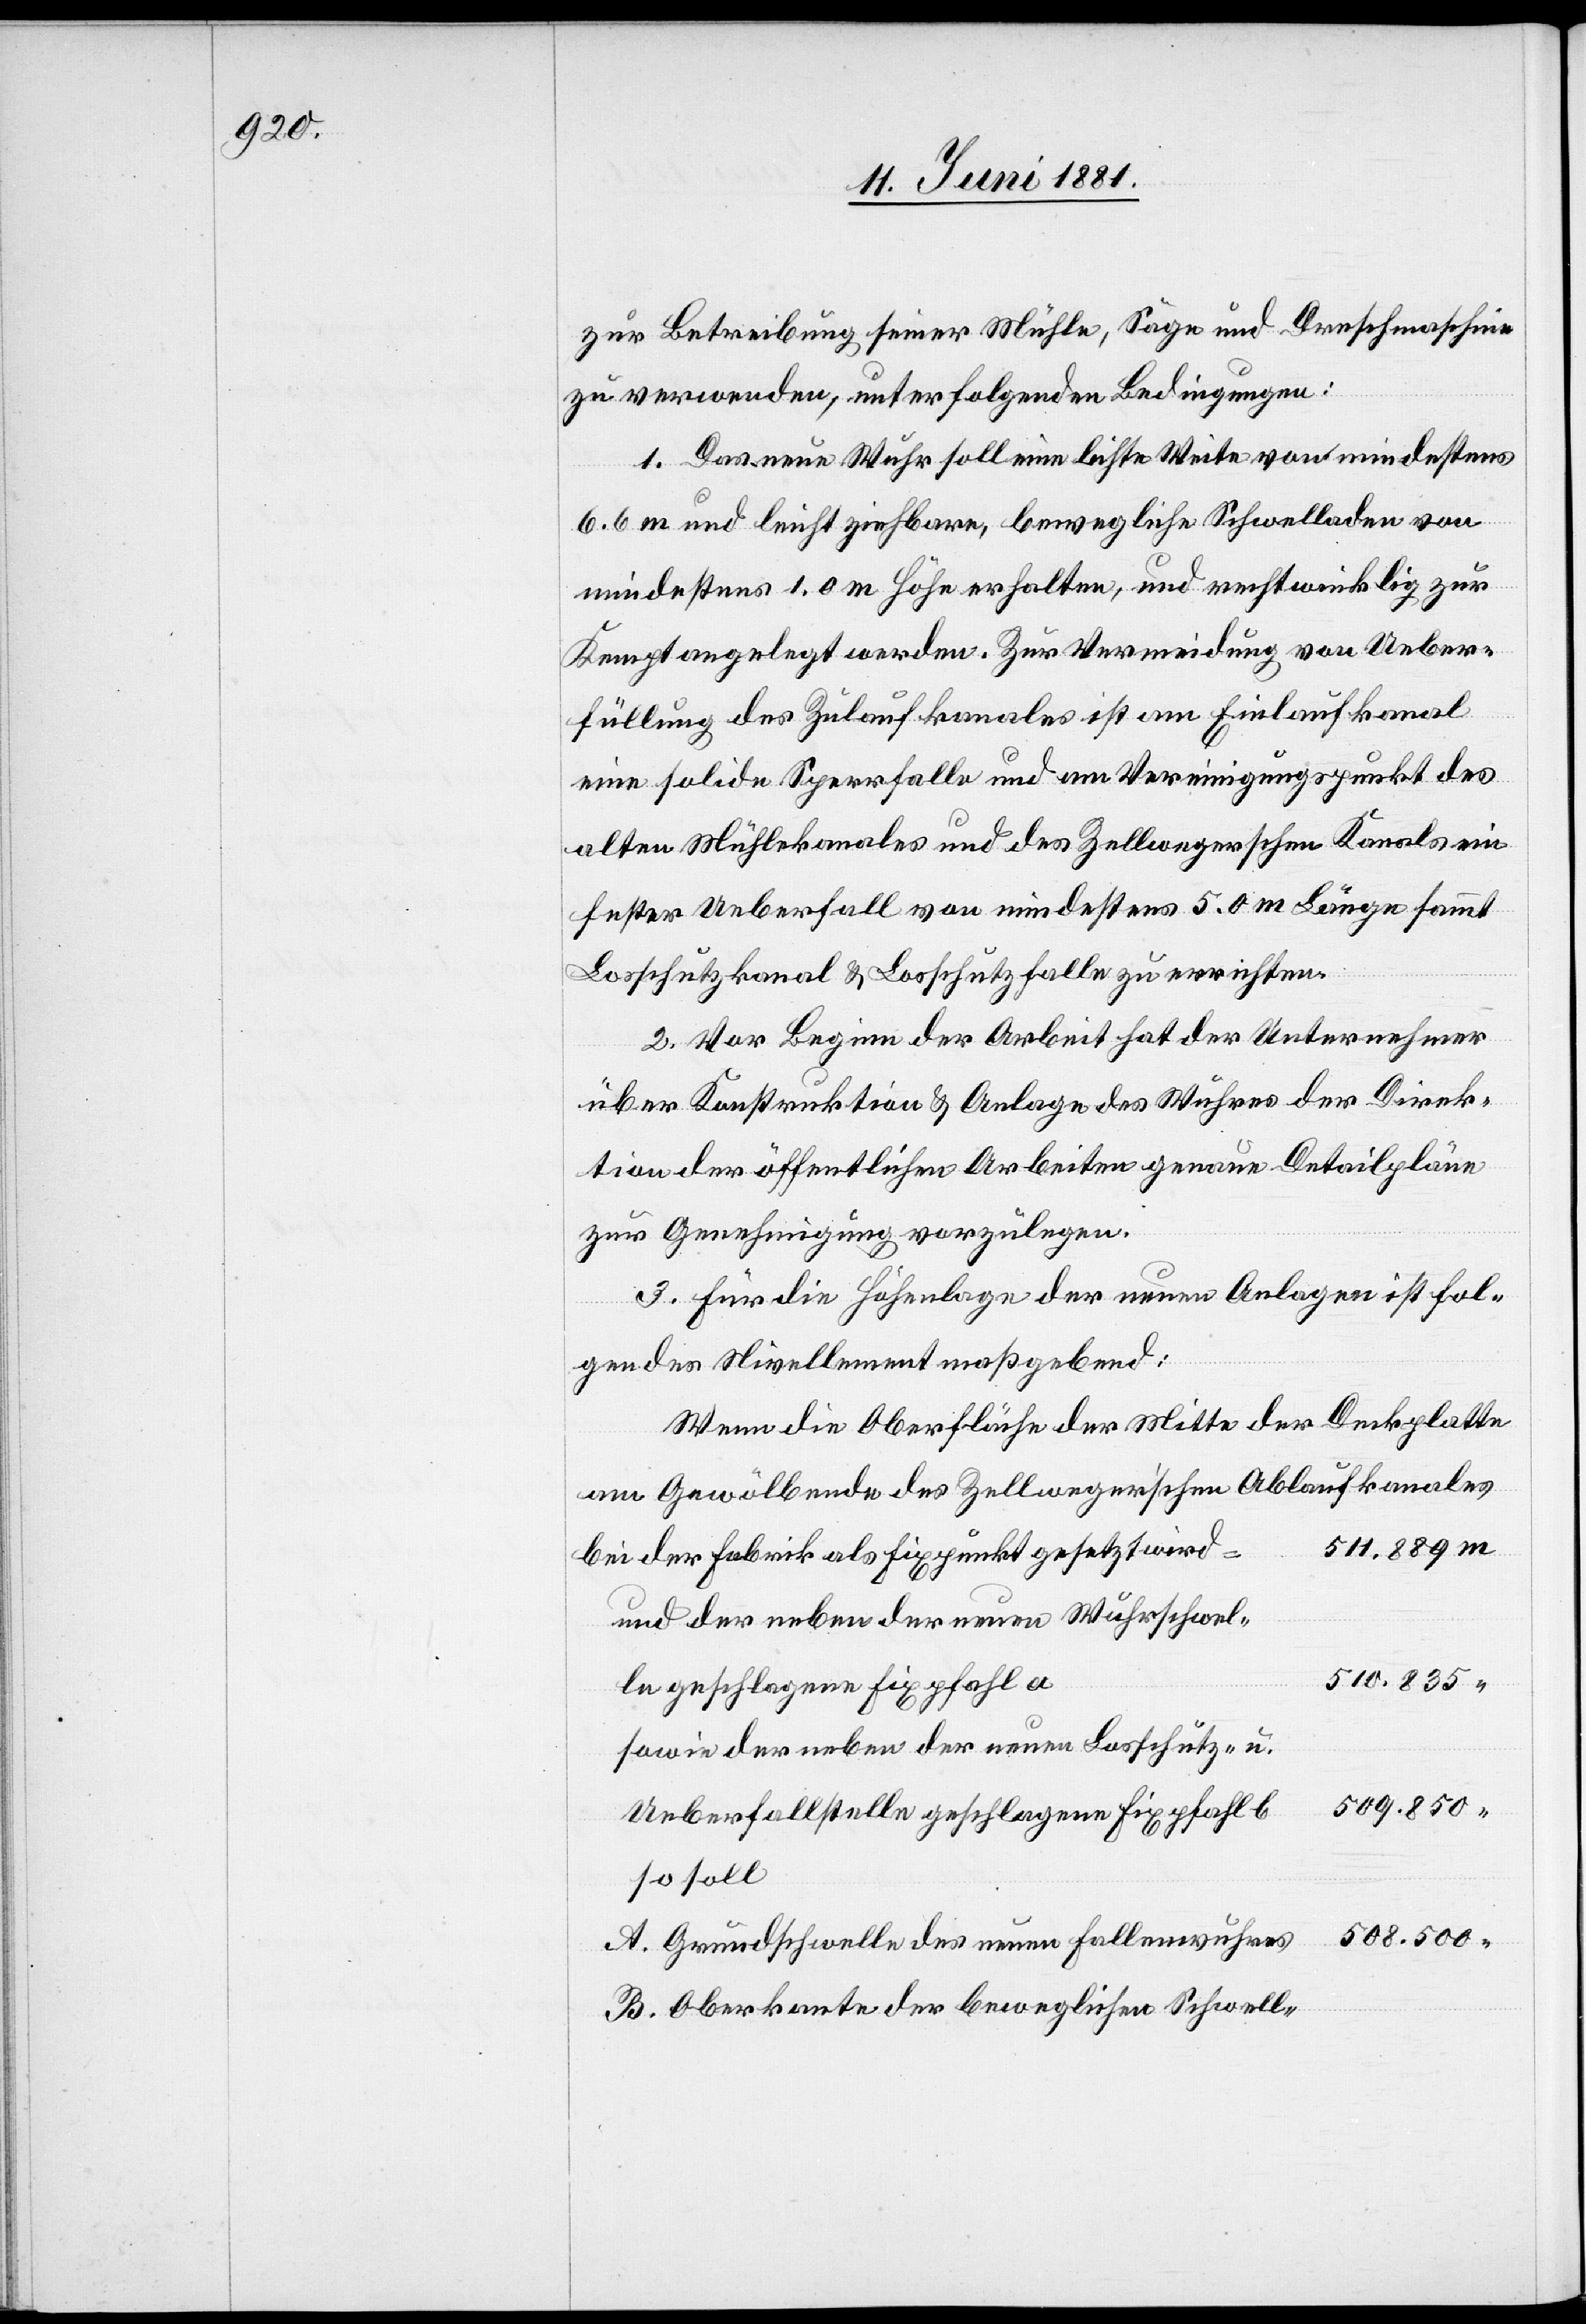
zur Betreibung seiner Mühle, Säge und Drehmaschine
zu verwenden, unter folgenden Bedingungen:
1. Das neue Wuhr soll eine lichte Weite von mindestens
6.6 m und leicht ziehbare, bewegliche Schwelladen von
mindestens 1.0 m Höhe erhalten, und rechtwinklig zur
Kempt angelegt werden. Zur Vermeidung von Ueber¬
füllung des Zulaufkanales ist am Einlaufkanal
eine solide Sperrfalle und am Vereinigungspunkt des
alten Mühlekanales und des Zellwegerschen Kanals ein
fester Ueberfall von mindestens 5.0 m Länge sammt
Losschutzkanal & Losschutzfalle zu errichten.
2. Vor Beginn der Arbeit hat der Unternehmer
über Konstruktion & Anlage des Wuhres der Direk¬
tion der öffentlichen Arbeiten genaue Detailpläne
zur Genehmigung vorzulegen.
3. Für die Höhenlage der neuen Anlagen ist fol¬
gendes Nivellement maßgebend:
Wenn die Oberfläche der Mitte der Deckplatte
511.889
bei der Fabrik als Fixpunkt gesetzt wird
und der neben der neuen Wuhrschwel¬
510.835
le geschlagene Fixpfahl a
sowie der neben der neuen Losschütz- u.
509.850
Ueberfallstelle geschlagene Fixpfahl b
so soll
508.500
A. Grundschwelle des neuen Fallwuhres
B. Oberkannte der beweglichen Schwell-